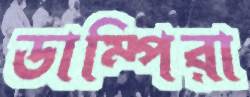
ডাম্পিরা